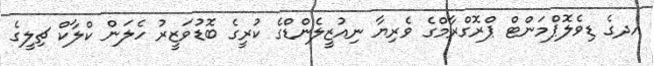
އދގެ ޑިވެލޮޕްމަންޓް ޕްރޮގްރާމްގެ ވެރިޔާ ނިއުޒީލެންޑްގެ ކުރީގެ ބޮޑުވަޒީރު ހެލަން ކްލާކް ޗިލީގެ